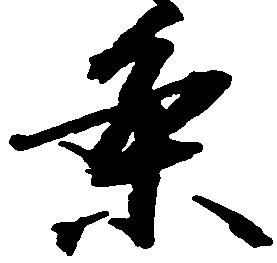
条